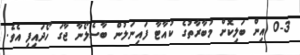
0-3 އިން ބަލިކޮށް މުބާރާތުގެ ކުއާޓާ ފައިނަލުން ބާސެލޯނާ ޖާގަ ހޯދައިފި އެވެ.